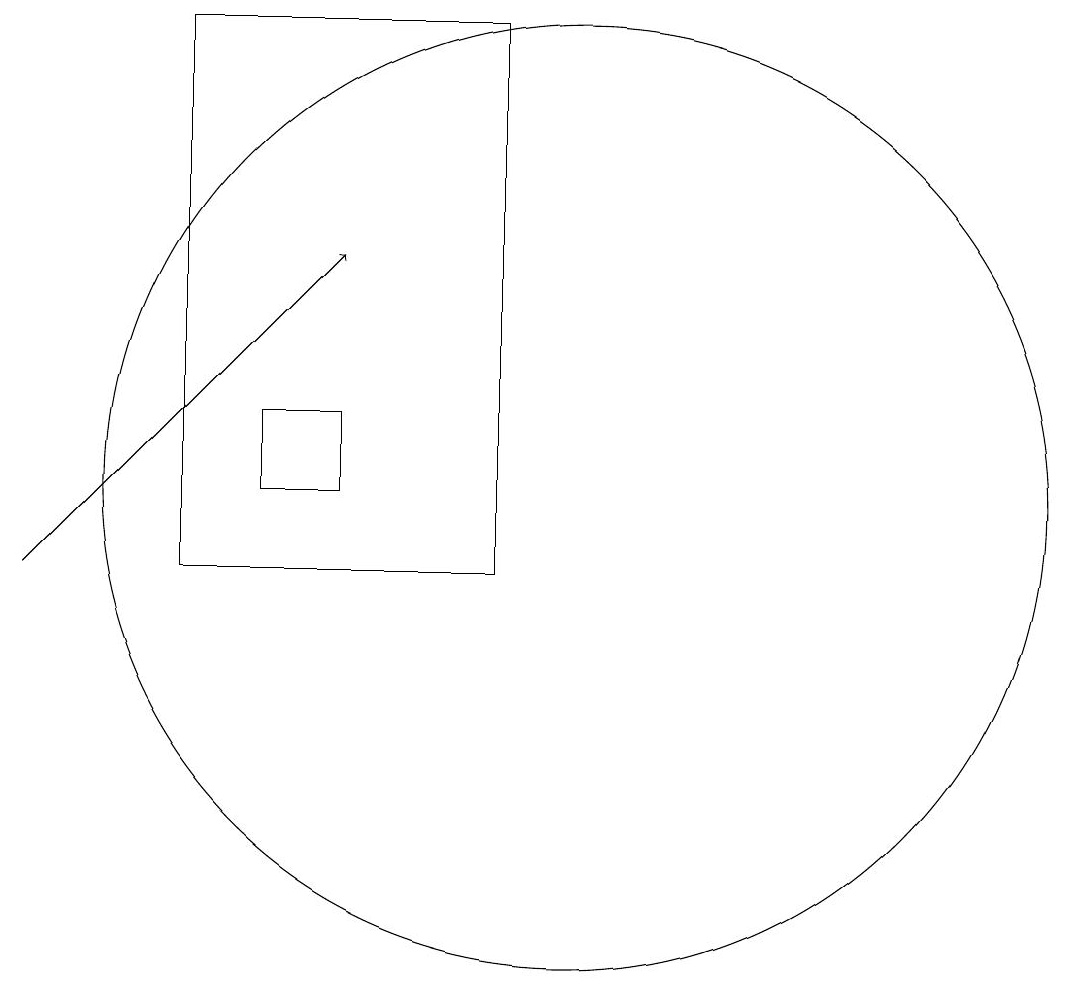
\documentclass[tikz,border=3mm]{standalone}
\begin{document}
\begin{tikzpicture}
\draw (7,11) rectangle (6,12);
\draw (10,11) circle (6);
\draw[->] (3,10) -- (7,14);
\draw (5,10) rectangle (9,17);
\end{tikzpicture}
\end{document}